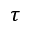
\tau